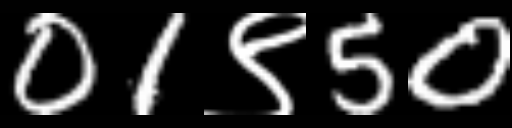
Text: 01९50